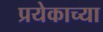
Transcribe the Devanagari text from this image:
प्रयेकाच्या